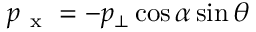
p _ { \mathrm { ~ x ~ } } = - p _ { \bot } \cos { \alpha } \sin { \theta }